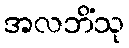
အလဘိံသု